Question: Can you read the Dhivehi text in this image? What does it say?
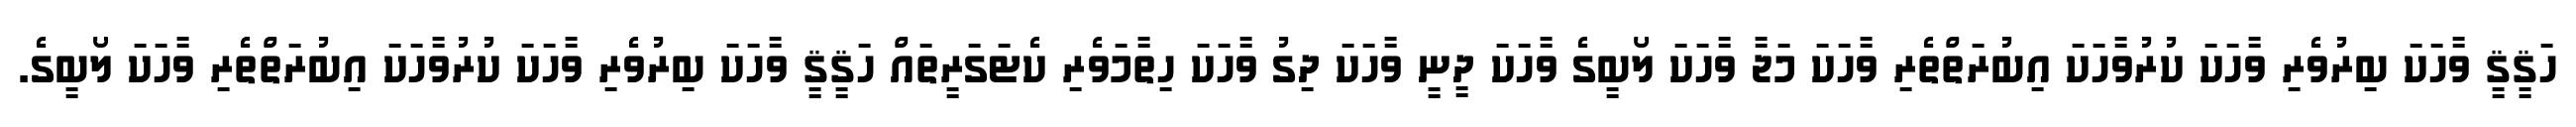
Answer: ހަޤީޤީ ވާހަކަ ބިރުވެރި ވާހަކަ ކުރުވާހަކަ އިބުރަތްތެރި ވާހަކަ މަޖާ ވާހަކަ ލޯބީގެ ވާހަކަ ދީނީ ވާހަކަ ދިގު ވާހަކަ ހިތާމަވެރި ކެޓަގަރީތައް ހަޤީޤީ ވާހަކަ ބިރުވެރި ވާހަކަ ކުރުވާހަކަ އިބުރަތްތެރި ވާހަކަ ލޯބީގެ.